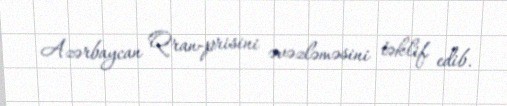
Azərbaycan Qran-prisini əvəzləməsini təklif edib.